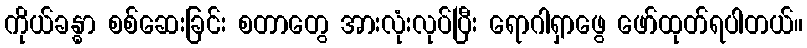
ကိုယ်ခန္ဓာ စစ်ဆေးခြင်း စတာတွေ အားလုံးလုပ်ပြီး ရောဂါရှာဖွေ ဖော်ထုတ်ရပါတယ်။